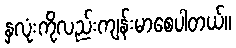
နှလုံးကိုလည်းကျန်းမာစေပါတယ်။